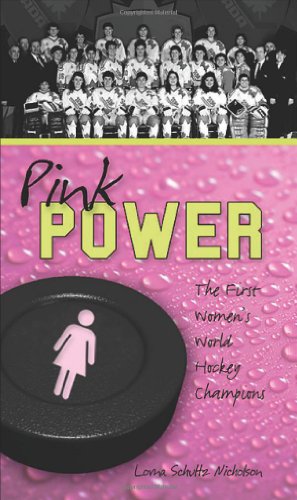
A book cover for Pink Power: The First Women's Hockey World Champions (Lorimer Recordbooks); Lorna Schultz Nicholson; Teen & Young Adult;